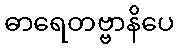
ဓာရေတဗ္ဗာနိပေ